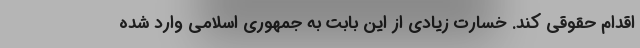
اقدام حقوقی کند. خسارت زیادی از این بابت به جمهوری اسلامی وارد شده